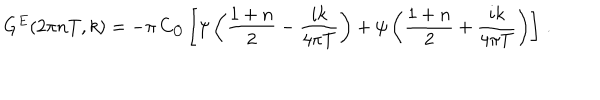
LaTeX: G ^ { E } ( 2 \pi n T , k ) = - \pi \, C _ { \cal { O } } \left[ \psi \left( { \frac { 1 + n } { 2 } } - { \frac { i k } { 4 \pi T } } \right) + \psi \left( { \frac { 1 + n } { 2 } } + { \frac { i k } { 4 \pi T } } \right) \right] \, .